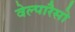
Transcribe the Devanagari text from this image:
वेल्पारैसो